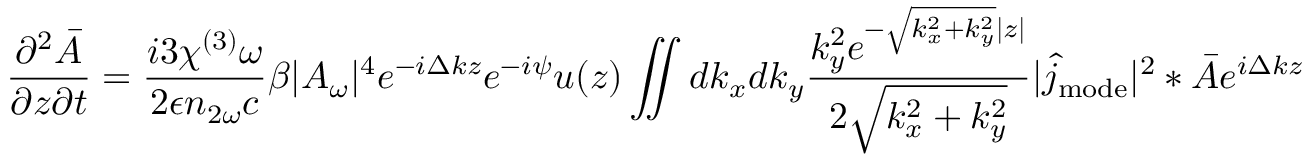
\frac { \partial ^ { 2 } \bar { A } } { \partial z \partial t } = \frac { i 3 \chi ^ { ( 3 ) } \omega } { 2 \epsilon n _ { 2 \omega } c } \beta | A _ { \omega } | ^ { 4 } e ^ { - i \Delta k z } e ^ { - i \psi } u ( z ) \iint d k _ { x } d k _ { y } \frac { k _ { y } ^ { 2 } e ^ { - \sqrt { k _ { x } ^ { 2 } + k _ { y } ^ { 2 } } | z | } } { 2 \sqrt { k _ { x } ^ { 2 } + k _ { y } ^ { 2 } } } | \hat { j } _ { \mathrm { m o d e } } | ^ { 2 } \ast \bar { A } e ^ { i \Delta k z }